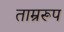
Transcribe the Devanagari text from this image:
ताम्ररूप